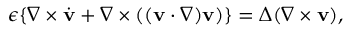
\epsilon \{ \nabla \times \dot { \bf v } + \nabla \times ( ( { \bf v } \cdot \nabla ) { \bf v } ) \} = \Delta ( \nabla \times { \bf v } ) ,